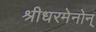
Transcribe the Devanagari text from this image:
श्रीधरमेनोन्